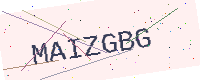
Text: MAIZGBG